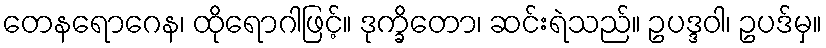
တေနရောဂေန၊ ထိုရောဂါဖြင့်။ ဒုက္ခိတော၊ ဆင်းရဲသည်။ ဥပဒ္ဒဝါ၊ ဥပဒ်မှ။